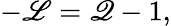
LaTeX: -\mathscr{L}=\mathscr{Q}-1,